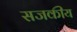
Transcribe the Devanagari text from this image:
सजकीय